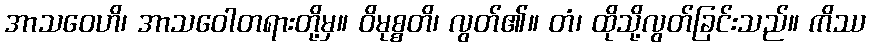
အာသဝေဟိ၊ အာသဝေါတရားတို့မှ။ ဝိမုစ္စတိ၊ လွတ်၏။ တံ၊ ထိုသို့လွတ်ခြင်းသည်။ ကိဿ